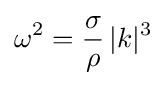
\omega ^{2}={\frac {\sigma }{\rho }}\,|k|^{3}